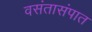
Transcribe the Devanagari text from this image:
वसंतासंपात